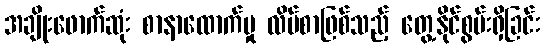
အချိုးဖောက်ဆုံး စာနာထောက်မှု လိပ်စာဖြစ်သည့် တွေ့နိုင်စွမ်းရှိခြင်း